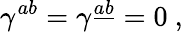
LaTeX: \gamma^{ab}=\gamma^{\underline{{a}}\underline{{b}}}=0\ ,